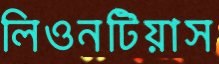
লিওনটিয়াস